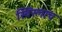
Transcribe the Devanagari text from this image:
स्विस्लाच